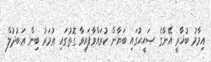
އިމާމު ބުޚާރީ އޭނާގެ ޞަޙީޙުގައި ބަޔާން ކުރައްވާފައިވާ ގޮތުގައި ޢުމަރު ބިން ޢަބުދުލް